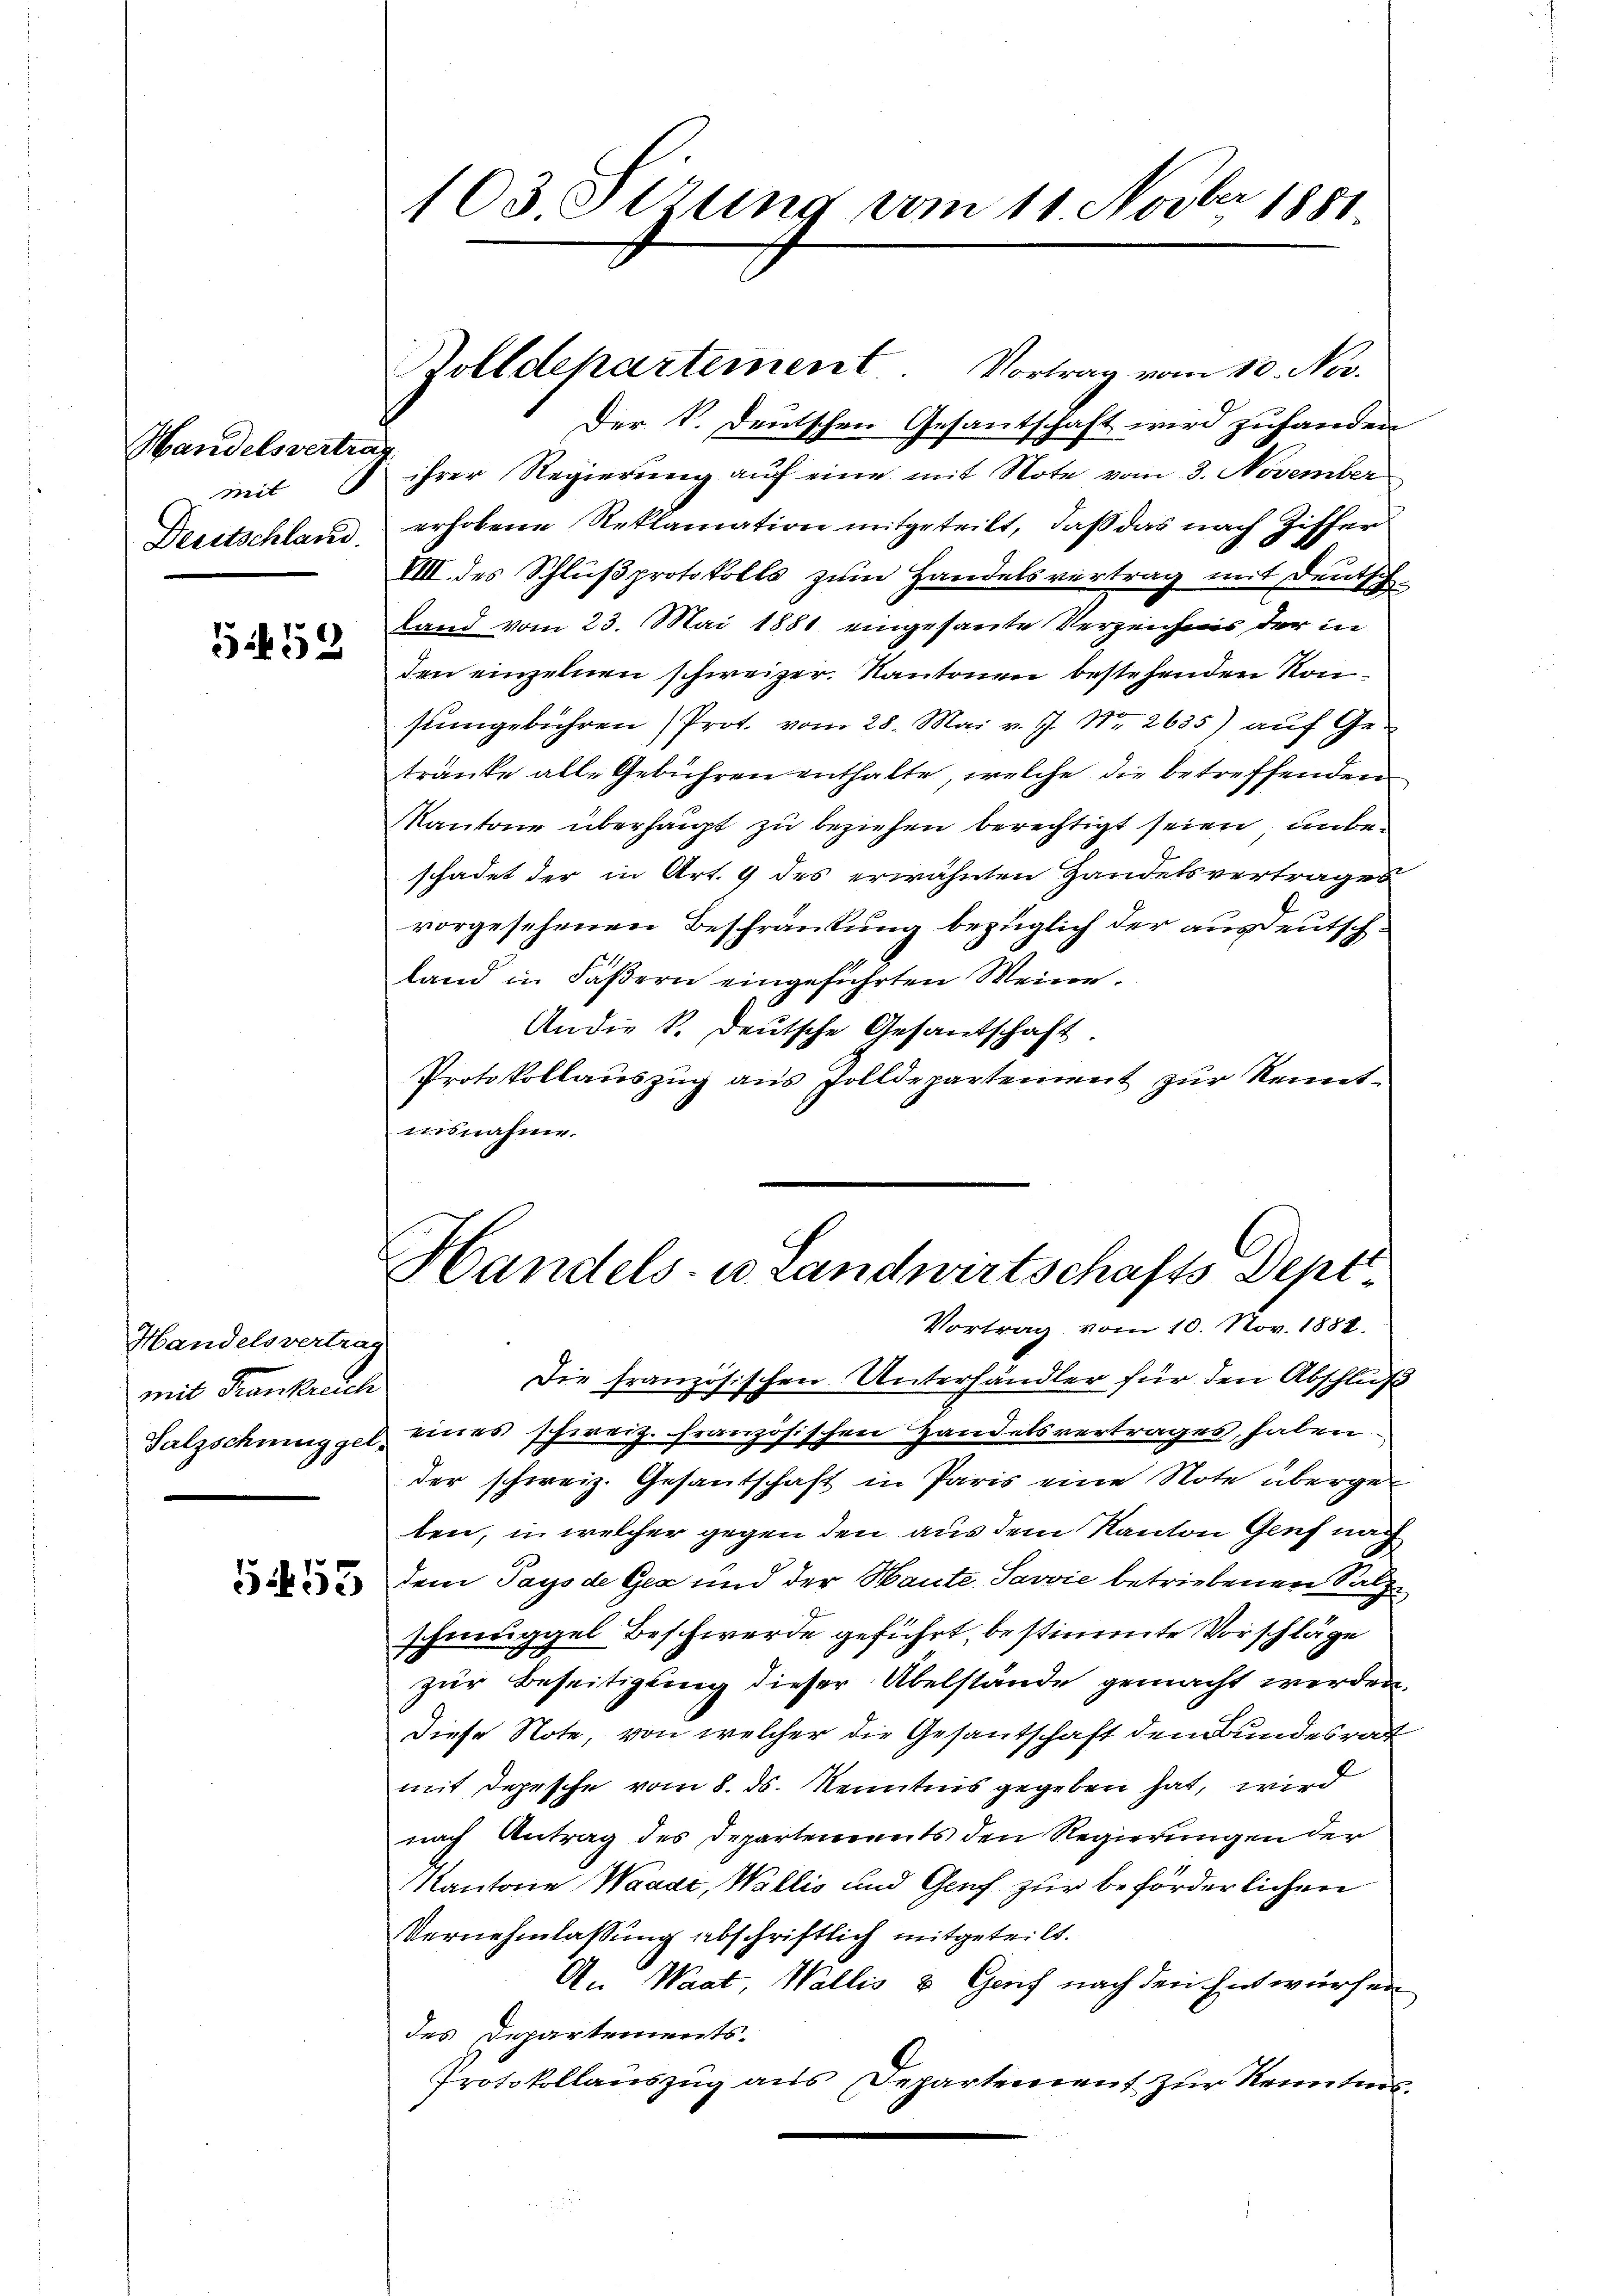
Mandelsvertra
Mit |
Deutschland.

5452

Handelsvertrag
mit Frankreich
Salzschmugger.

53

103 Sirung vom 11 Novber 1881.

Zolldepartement Vortrag vom 10. Nov.

Der K. Deutschen Gesantschaft wird zuhanden
ihrer Regierung auf eine mit Note vom 3. November
erhobene Reklamation mitgeteilt, daß das nach Ziffer
VIII. des Schlußprotokolls zum Handelsvertrag mit Deutsch
Land vom 23. Mai 1881 eingesante Verzeichnis der in
den einzelnen schweizer. Kantonen bestehenden Konsumgebühren Prot. vom 28. Mai v. J. Nr. 2635) aŭf Ge-
tranke all-Gebühren enthalte, welche die betreffenden
Kantone überhaupt zu beziehen berechtigt seien, unbeschadet der in Art. 9 des erwähnten Handelsvertrages
vorgesehenen Beschränkung bezüglich der ausdeutschland in Fäßern eingeführten Meine.
An die k. deutsche Gesandtschaft.
Protokollauszug aus Zolldepartement zur Kenntaisnahme.
Handels- u. Landwirtschafts Dept¬
Vortrag vom 10. Nov. 1881.
Die französischen Unterhändler für den Abschluß
eines schweiz. Französischen Handelsvertrages, haben
der schweiz. Gesantschaft in Paris eine Note überge
ten, in welcher gegen den aus dem Kanton Genf nach
dem Pays de Gex und der Mante Savvić betriebenen Salzschmugael Beschwerde geführt, bestimmte Vorschläge

zur Beseitigung dieser Übelstande gemacht werden.
Diese Note, von welcher die Gesantschaft dem Bundesrat
mit Depesche vom 8. ds. Kenntnis gegeben hat, wird
nach Antrag des Departements den Regierungen der
Kantone Waadt, Wallis und Genf zur beförderlichen
Vernehmlassung abschriftlich mitgeteilt.
An Waat, Wallis & Genf nach den Entwürfen
des Departements.
Protokollauszug aus Departement zur Kenntens¬